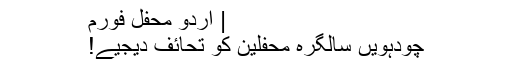
| اردو محفل فورم
چودہویں سالگرہ محفلین کو تحائف دیجیے!